Lunatic asylums in Bengal annual reports 1899-1911 - 1899-1911
Year: 1899
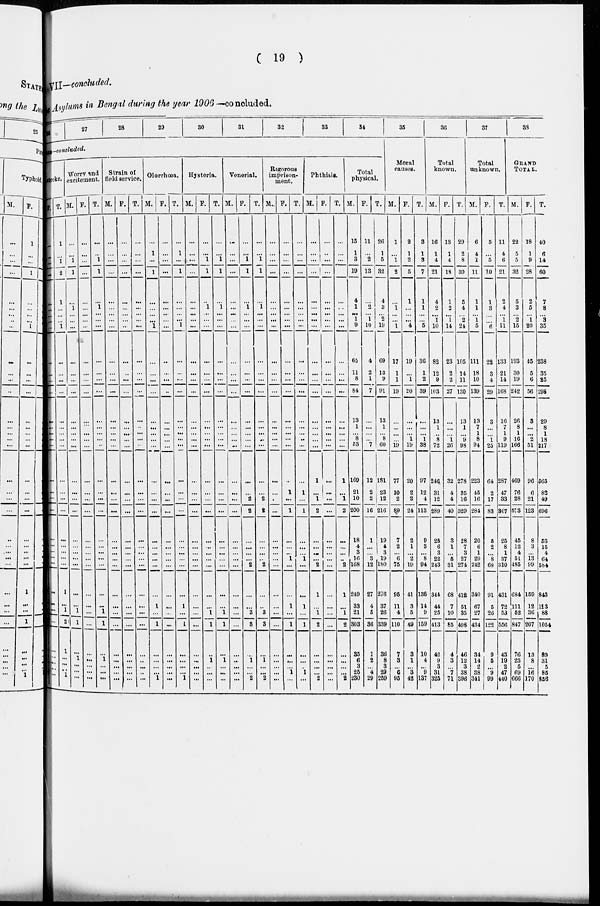
( 19 )
VII.—conc1uded.
Asylums in Bengal during the year
1906—concluded.
26
27
28
29
30
31
32
33
34
SES—concluded.
stroke.
F.
...
...
...
...
...
...
...
...
...
...
...
...
...
...
...
...
...
...
...
...
...
...
...
...
...
...
...
...
...
...
...
...
...
...
...
...
T.
1
...
1
2
1
...
...
...
1
...
...
...
...
...
...
...
...
...
...
...
...
...
...
...
...
...
...
1
...
1
2
1
...
...
1
...
Worry and
excitement.
M.
...
...
1
1
...
1
...
...
...
...
...
...
...
...
...
...
...
...
...
...
...
...
...
...
...
...
...
...
...
1
1
...
1
...
...
...
F.
...
...
...
...
...
...
...
...
...
...
...
...
...
...
...
...
...
...
...
...
...
...
...
...
...
...
...
...
...
...
...
...
...
...
...
...
T.
...
...
1
1
...
1
...
...
...
...
...
...
...
...
...
...
...
...
...
...
...
...
...
...
...
...
...
...
...
1
1
...
1
...
...
...
Strain of
field service.
M.
...
...
...
...
...
...
...
...
...
...
...
...
...
...
...
...
...
...
...
...
...
...
...
...
...
...
...
...
...
...
...
...
...
...
...
...
F.
...
...
...
...
...
...
...
...
...
...
...
...
...
...
...
...
...
...
...
...
...
...
...
...
...
...
...
...
...
...
...
...
...
...
...
...
T.
...
...
...
...
...
...
...
...
...
...
...
...
...
...
...
...
...
...
...
...
...
...
...
...
...
...
...
...
...
...
...
...
...
...
...
...
Olorrhœa.
M.
...
1
...
1
...
...
... ...
1
...
...
...
...
...
...
...
...
...
...
...
...
...
...
...
...
...
...
...
1
...
1
...
...
...
...
1
F.
...
...
...
...
...
...
...
...
...
...
...
...
...
...
...
...
...
...
...
...
...
...
...
...
...
...
...
...
...
...
...
...
...
...
...
...
T.
...
1
...
1
...
...
...
...
1
...
...
...
...
...
...
...
...
...
...
...
...
...
...
...
...
...
...
...
1
...
1
...
...
...
...
1
Hysteria.
M.
...
...
...
...
...
...
...
...
...
...
...
...
...
...
...
...
...
...
...
...
...
...
...
...
...
...
...
...
...
...
...
...
...
...
...
...
F.
...
...
1
1
...
1
...
...
...
...
...
...
...
...
...
...
...
...
...
...
...
...
...
...
...
...
...
...
...
1
1
...
1
...
...
...
T.
...
...
1
1
...
1
...
...
...
...
...
...
...
...
...
...
...
...
...
...
...
...
...
...
...
...
...
...
...
1
1
...
1
...
...
...
Venerial.
M.
...
...
...
...
...
...
...
...
...
...
...
...
...
...
...
...
...
...
...
...
...
...
...
...
...
...
...
...
...
...
...
...
...
...
...
...
F.
...
...
1
1
...
1
...
...
...
...
...
...
...
...
...
...
...
...
...
...
2
2
...
...
...
...
2
...
...
3
3
...
1
...
...
2
T.
...
...
1
1
...
1
...
...
...
...
...
...
...
...
...
...
...
...
...
...
2
2
...
...
...
...
2
...
...
3
3
...
1
...
...
2
Rigorous
imprison-
ment.
M.
...
...
...
...
...
...
...
...
...
...
...
...
...
...
...
...
...
...
...
...
...
...
...
...
...
...
...
...
...
...
...
...
...
...
...
...
F.
...
...
...
...
...
...
...
...
...
...
...
...
...
...
...
...
...
...
...
1
...
1
...
...
...
1
...
...
1
...
1
...
...
...
1
...
T.
...
...
...
...
...
...
...
...
...
...
...
...
...
...
...
...
...
...
...
1
...
1
...
...
...
1
...
...
1
...
1
...
...
...
1
...
Phthisis.
M.
...
...
...
...
...
...
... ...
...
...
...
...
...
...
...
...
...
...
1
...
1
2
...
...
...
...
2
1
...
1
2
...
...
...
...
2
F.
...
...
...
...
...
...
...
...
...
...
...
...
...
...
...
...
...
...
...
...
...
...
...
...
...
...
...
...
...
...
...
...
...
...
...
...
T.
...
...
...
...
...
...
...
...
...
...
...
...
...
...
...
...
...
1
...
1
2
...
...
...
...
2
1
...
1
2
...
...
...
...
2
Total
physical.
M.
15
1
3
19
4
1
... 1
9
65
11
8
84
13
1
...
8
53
169
21
10
200
18
4
3
16
168
249
33
21
303
35
6
3
25
230
F.
11
...
2
13
...
2
... 1
10
4
2
1
7
...
...
...
...
7
12
2
2
16
1
...
...
3
12
27
4
5
36
1
2
...
4
29
T.
26
1
5
32
4
3
... 2
19
69
13
9
91
13
1
...
8
60
181
23
12
216
19
4
3
19
180
276
37
26
339
36
8
3
29
259
35
Moral
causes.
M.
1
...
1
2
...
1
...
...
1
17
1
1
19
...
...
...
...
19
77
10
2
89
7
2
...
6
75
95
11
4
110
7
3
...
6
95
F.
2
1
2
5
1
...
...
...
4
19
...
1
20
...
...
...
1
19
20
2
2
24
2
1
...
2
19
41
3
5
49
3
1
...
3
42
T.
3
1
3
7
1
1
...
...
5
36
1
2
39
...
...
...
1
38
97
12
4
113
9
3
...
8
94
136
14
9
159
10
4
...
9
137
36
Total
known.
M.
16
1
4
21
4
2
... 1
10
82
12
9
103
13
1
...
8
72
246
31
12
289
25
6
3
22
243
344
44
25
413
42
9
3
31
325
F.
13
1
4
18
1
2
... 1
14
23
2
2
27
...
...
...
1
26
32
4
4
40
3
1
...
5
31
68
7
10
85
4
3
...
7
71
T.
29
2
8
39
5
4
... 2
24
105
14
11
130
13
1
...
9
98
278
35
16
329
28
7
3
27
274
412
51
35
498
46
12
3
38
396
37
Total
unknown.
M.
6
4
1
11
1
1
... 1
5
111
18
10
139
13
7
1
8
94
223
45
16
284
20
6
1
29
242
340
67
27
434
34
14
2
38
341
F.
5
...
5
10
1
3
...
...
6
22
3
4
29
3
...
...
1
25
64
2
17
83
5
2
...
8
68
91
5
26
122
9
5
...
9
99
T.
11
4
6
21
2
4
... 1
11
133
21
14
168
16
7
1
9
119
287
47
33
367
25
8
1
37
310
431
72
53
556
43
19
2
47
440
38
GRAND
TOTAL.
M.
22
5
5
32
5
3
... 2
15
193
30
19
242
26
8
1
16
166
469
76
28
573
45
12
4
51
485
684
111
52
847
76
23
5
69
666
F.
18
1
9
28
2
5
... 1
20
45
5
6
56
3
...
...
2
51
96
6
21
123
8
3
...
13
99
159
12
36
207
13
8
...
16
170
T.
40
6
14
60
7
8
... 3
35
238
35
25
298
29
8
1
18
217
565
82
49
696
53
15
4
64
584
843
113
88
1054
89
31
5
85
836